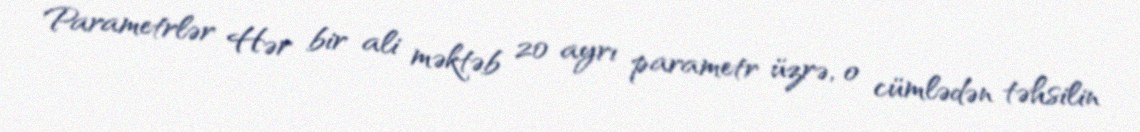
Parametrlər Hər bir ali məktəb 20 ayrı parametr üzrə, o cümlədən təhsilin